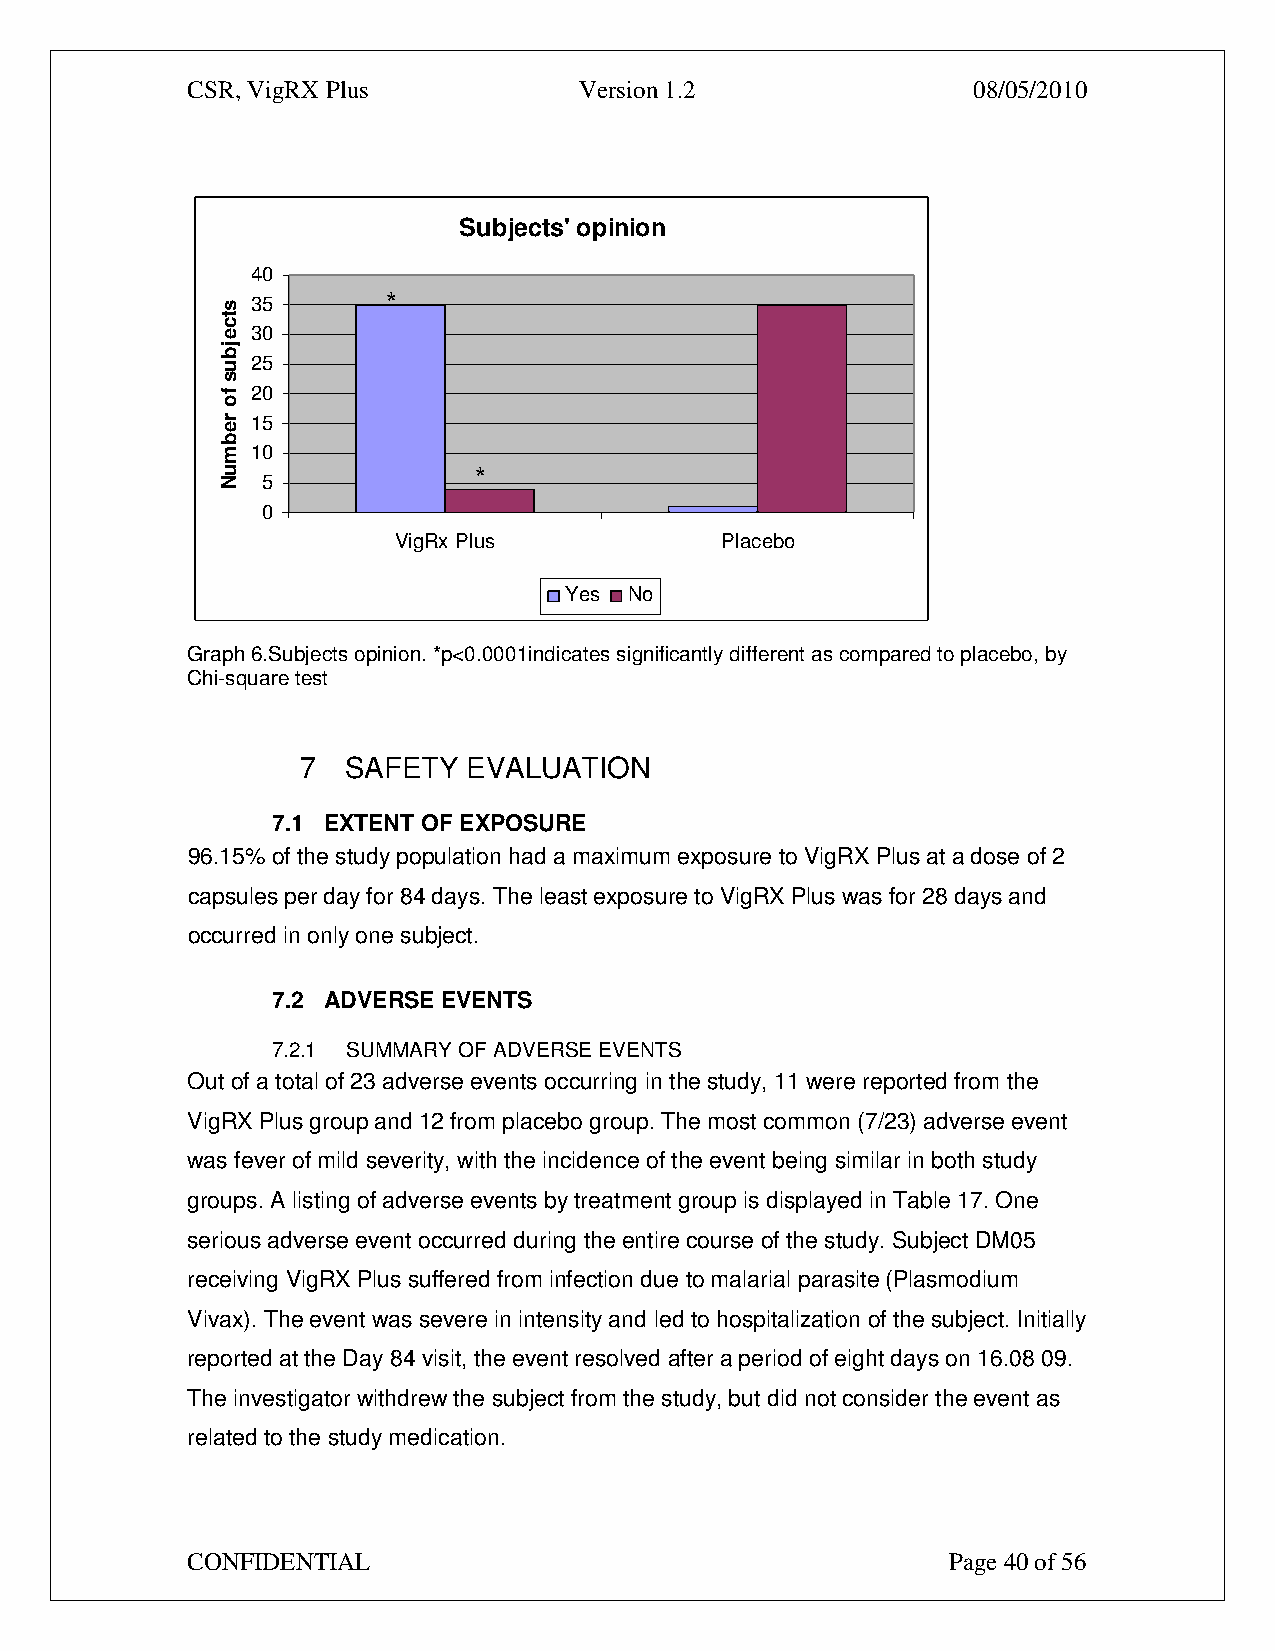
CSR, VigRX Plus           Version 1.2               08/05/2010
 Subjects' opinion
 40
 35       *
 30
 25
 20
 15
 10
 *
 5
 0
 VigRx Plus            Placebo
 Yes  No
 Graph 6.Subjects opinion. *p<0.0001indicates significantly different as compared to placebo, by
 Chi-square test
 7  SAFETY  EVALUATION
 7.1 EXTENT OF EXPOSURE
 96.15% of the study population had a maximum exposure to VigRX Plus at a dose of 2
 capsules per day for 84 days. The least exposure to VigRX Plus was for 28 days and
 occurred in only one subject.
 7.2 ADVERSE EVENTS
 7.2.1 SUMMARY OF ADVERSE EVENTS
 Out of a total of 23 adverse events occurring in the study, 11 were reported from the
 VigRX Plus group and 12 from placebo group. The most common (7/23) adverse event
 was fever of mild severity, with the incidence of the event being similar in both study
 groups. A listing of adverse events by treatment group is displayed in Table 17. One
 serious adverse event occurred during the entire course of the study. Subject DM05
 receiving VigRX Plus suffered from infection due to malarial parasite (Plasmodium
 Vivax). The event was severe in intensity and led to hospitalization of the subject. Initially
 reported at the Day 84 visit, the event resolved after a period of eight days on 16.08 09.
 The investigator withdrew the subject from the study, but did not consider the event as
 related to the study medication.
 CONFIDENTIAL                                       Page 40 of 56
 stcejbus
 fo
 rebmuN